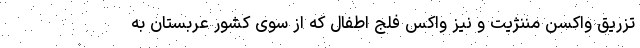
تزریق واکسن مننژیت و نیز واکس فلج اطفال که از سوی کشور عربستان به